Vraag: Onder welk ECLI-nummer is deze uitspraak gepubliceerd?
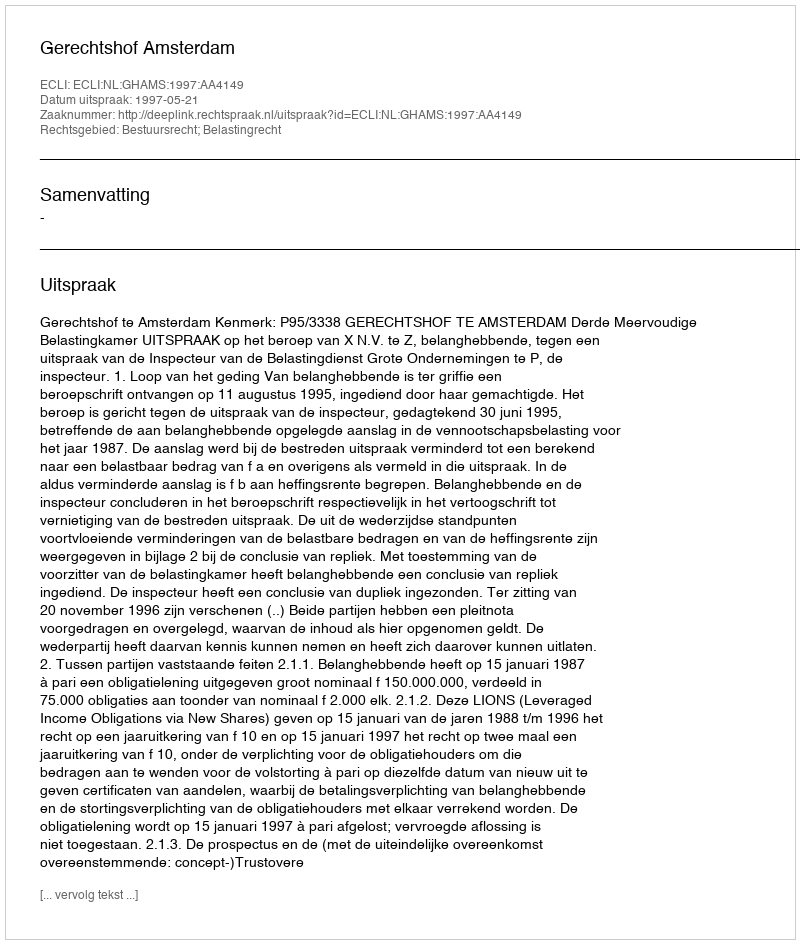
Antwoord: ECLI:NL:GHAMS:1997:AA4149